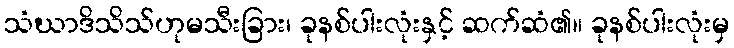
သံဃာဒိသိသ်ဟုမသီးခြား၊ ခုနစ်ပါးလုံးနှင့် ဆက်ဆံ၏။ ခုနစ်ပါးလုံးမှ